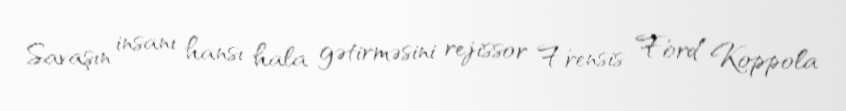
Savaşın insanı hansı hala gətirməsini rejissor Frensis Ford Koppola